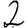
Digit: 2